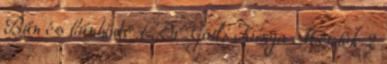
Bűn és bűnhődé 1 Dr Götli Kinga Mérték 2